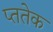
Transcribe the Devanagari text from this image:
प्ततेक